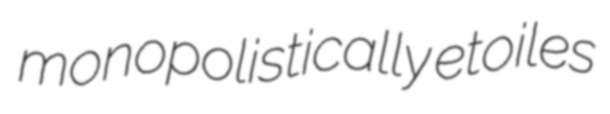
monopolistically etoiles